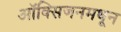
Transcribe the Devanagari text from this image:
ऑक्सिजनमधून